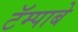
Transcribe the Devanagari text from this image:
टॅम्पाबे